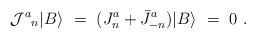
\begin{align*}{{\cal J}^a }_n\vert B \rangle \ = \ (J^a_n + \bar J^a_{-n} )\vert B \rangle \ = \ 0 \ .\end{align*}